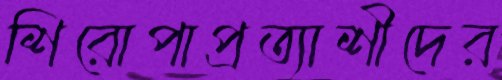
শিরোপাপ্রত্যাশীদের